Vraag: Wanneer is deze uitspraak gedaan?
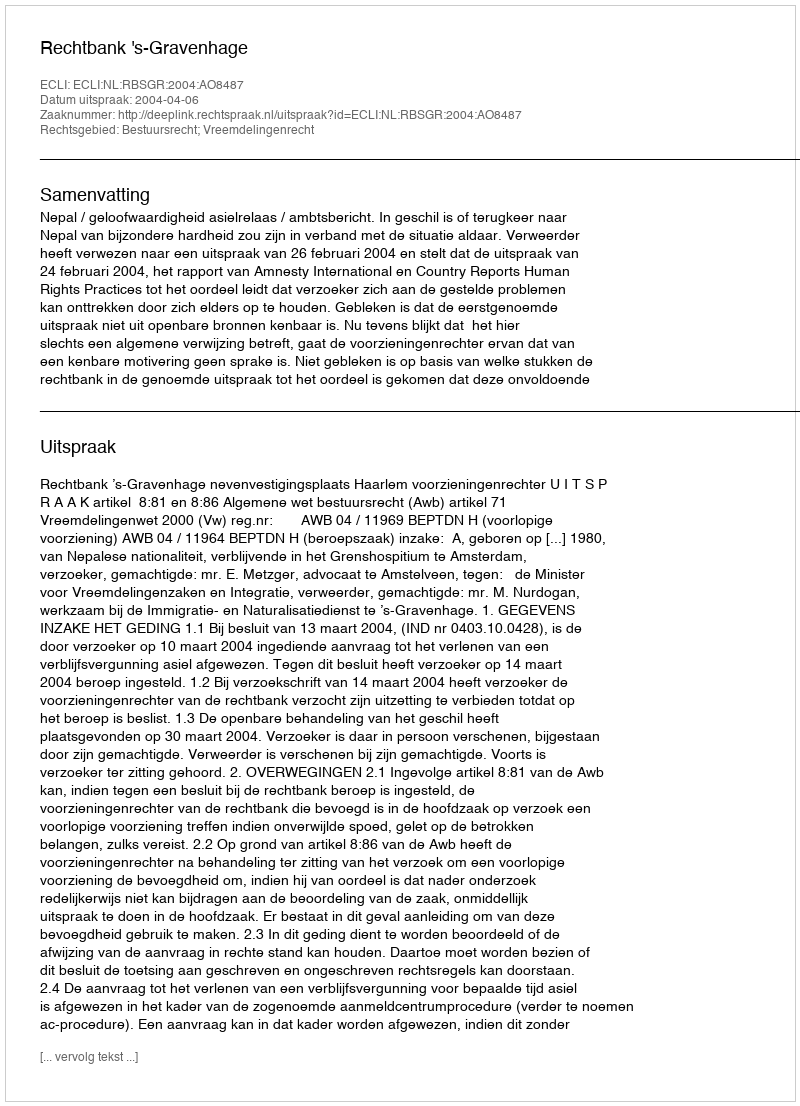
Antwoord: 2004-04-06